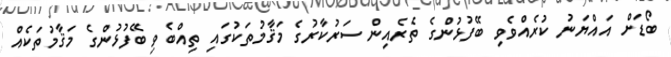
ބޯޑަށް އައްޔަނު ކުރެއްވެވި ބޭފުޅުންގެ ތެރެއިން ސަރުކާރުގެ މަޤާމުތަކުގައި ތިއްބެވި ބޭފުޅުންގެ މަޤާމުތަކެއް